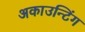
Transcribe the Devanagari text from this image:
अकाउन्टिंग